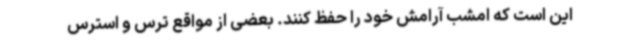
این است که امشب آرامش خود را حفظ کنند. بعضی‌ از مواقع ترس و استرس